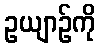
ဥယျာဉ်ကို